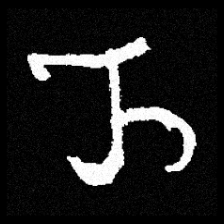
Pyu character \u2014 Myanmar letter: ည (romanized: nya)